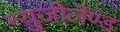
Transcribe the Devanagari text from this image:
न्युजीलैण्ड